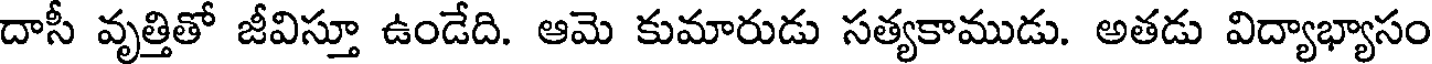
దాసీ వృత్తితో జీవిస్తూ ఉండేది. ఆమె కుమారుడు సత్యకాముడు. అతడు విద్యాభ్యాసం